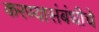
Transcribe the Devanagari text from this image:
करण्यासंबंधीचे